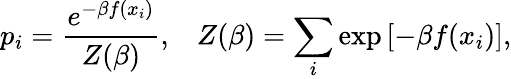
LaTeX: p_{i}={\frac{e^{-\beta f(x_{i})}}{Z(\beta)}},\, \, \, \, \, Z(\beta)=\sum_{i}{\exp\left[{-\beta f(x_{i})}\right],}